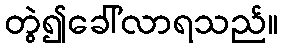
တွဲ၍ခေါ်လာရသည်။